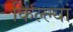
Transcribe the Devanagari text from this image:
किल्ल्यां